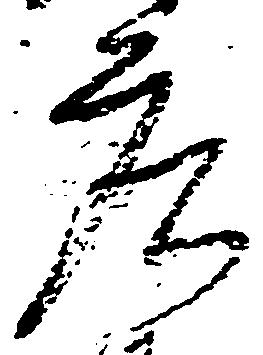
庄